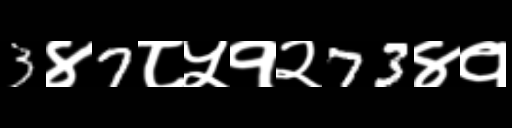
Text: 3४7८५१२73४१